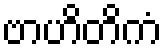
ဗာဟိတိကံ